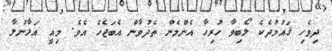
ދިވެހި ޤައުމުދެކެ ލޯބިވާ ހުރިހާ އެންމެން ތެދުވާން އެބަޖެހެ އެވެ. މިއީ އަޅާނުލާ